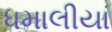
ધમાલીયા